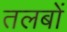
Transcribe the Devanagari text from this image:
तलबों